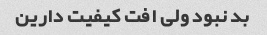
بد نبود ولی افت کیفیت دارین